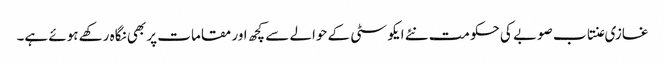
غازی عنتاب صوبے کی حکومت نئے ایکو سٹی کے حوالے سے کچھ اور مقامات پر بھی نگاہ رکھے ہوئے ہے۔